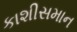
કાશીસમાન